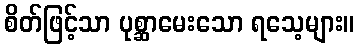
စိတ်ဖြင့်သာ ပုစ္ဆာမေးသော ရသေ့များ။